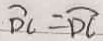
\widehat { D C } = \widehat { D C }